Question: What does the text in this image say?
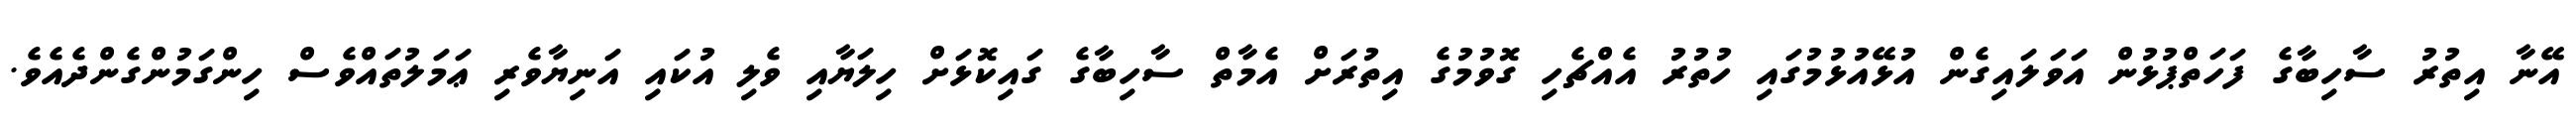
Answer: އޭނާ އިތުރު ސާހިބާގެ ފަހަތްޕުޅުން އަވަލައިގެން އުޅޭއުޅުމުގައި ހުތުރު އެއްޗެހި ގޮވުމުގެ އިތުރަށް އެމާތް ސާހިބާގެ ގައިކޮޅަށް ހިލަޔާއި ވެލި އުކައި އަނިޔާވެރި ޢަމަލުތައްވެސް ހިންގަމުންގެންދެއެވެ.